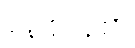
နေမိပြန်၏။